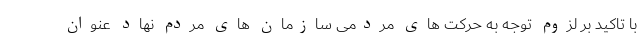
با تاکید بر لزوم توجه به حرکت های مردمی سازمان های مردم نهاد عنوان